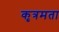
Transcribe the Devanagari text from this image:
कृत्रमता